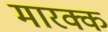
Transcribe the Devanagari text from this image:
मारक्क